Annual administration report of the Civil Veterinary Department of India - 1893-1894
Year: 1893
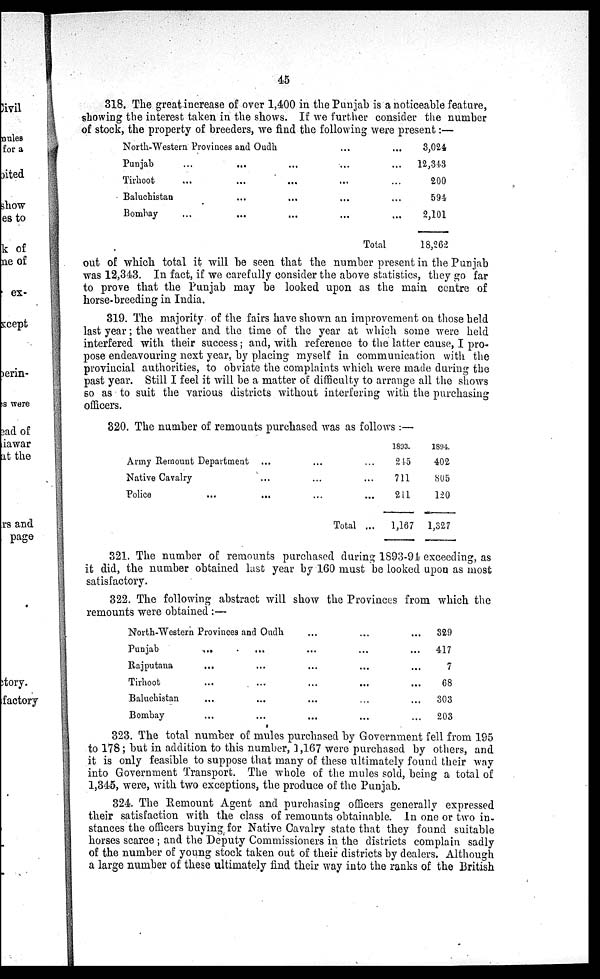
45
318. The great increase of over 1,400 in the Punjab is a noticeable feature,
showing the interest taken in the shows. If we further consider the number
of stock, the property of breeders, we find the following were present:—
North-Western Provinces and
Oudh
... ...
Punjab
...
...
...
... ...
Tirhoot
...
...
...... ...
Baluchistan
...
......
...
Bombay
...
...
...... ...
Total
3,024
12,343
200
594
2,101
18,262
out of which total it will be seen that the number present in the Punjab
was 12,343. In fact, if we carefully consider the above statistics, they go far
to prove that the Punjab may be looked upon as the main centre of
horse-breeding in India.
319. The majority of the fairs have shown an improvement on those held
last year; the weather and the time of the year at which some were held
interfered with their success; and, with reference to the latter cause, I pro-
pose endeavouring next year, by placing myself in communication with the
provincial authorities, to obviate the complaints which were made during the
past year. Still I feel it will be a matter of difficulty to arrange all the shows
so as to suit the various districts without interfering with the purchasing
officers.
320. The number of remounts purchased was as follows:—
Army Remount Department
...
... ...
Native Cavalry
...
... ...
Police
...
... ...
Total ...
1893.
215
711
211
1,167
1894.
402
805
120
1,327
321. The number of remounts purchased during 1893-94 exceeding, as
it did, the number obtained last year by 160 must be looked upon as most
satisfactory.
322. The following abstract will show the Provinces from which the
remounts were obtained:—
North-Western Provinces and Oudh ... ... ...
Punjab
...
...
... ... ...
Rajputana
...
...
... ... ...
Tirhoot
...
...
... ... ...
Baluchistan
...
...
... ... ...
Bombay
...
...
...
...
...
329
417
7
68
303
203
323. The total number of mules purchased by Government fell from 195
to 178; but in addition to this number, 1,167 were purchased by others, and
it is only feasible to suppose that many of these ultimately found their way
into Government Transport. The whole of the mules sold, being a total of
1,345, were, with two exceptions, the produce of the Punjab.
324. The Remount Agent and purchasing officers generally expressed
their satisfaction with the class of remounts obtainable. In one or two in-
stances the officers buying for Native Cavalry state that they found suitable
horses scarce; and the Deputy Commissioners in the districts complain sadly
of the number of young stock taken out of their districts by dealers. Although
a large number of these ultimately find their way into the ranks of the British